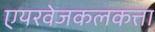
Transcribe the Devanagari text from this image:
एयरवेजकलकत्ता